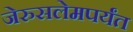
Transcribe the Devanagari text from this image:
जेरुसलेमपर्यंत